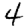
Digit: 4